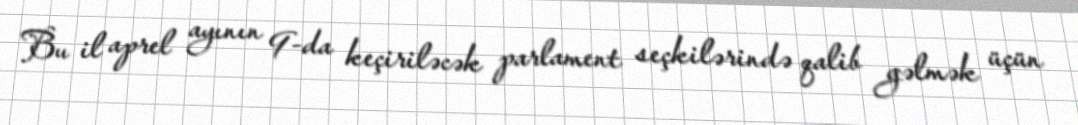
Bu il aprel ayının 9-da keçiriləcək parlament seçkilərində qalib gəlmək üçün